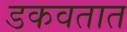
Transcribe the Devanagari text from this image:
डकवतात